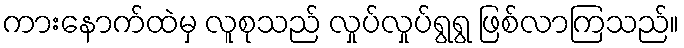
ကားနောက်ထဲမှ လူစုသည် လှုပ်လှုပ်ရွရွ ဖြစ်လာကြသည်။